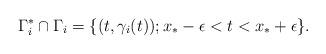
LaTeX: \begin{align*}\Gamma^{*}_i \cap \Gamma_i =\{(t,\gamma_i(t) ); x_*-\epsilon<t< x_*+\epsilon \}. \end{align*}